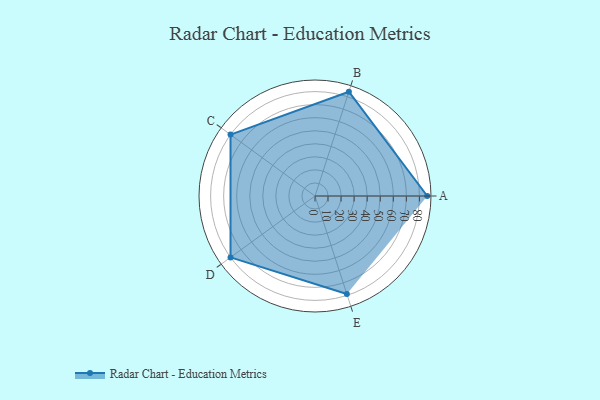
{"axis": {"x": "Skill", "y": "Score"}, "legend": ["Profile"], "data": [{"x": "A", "y": 86.0, "type": "Profile"}, {"x": "B", "y": 84.0, "type": "Profile"}, {"x": "C", "y": 80.0, "type": "Profile"}, {"x": "D", "y": 80.0, "type": "Profile"}, {"x": "E", "y": 79.0, "type": "Profile"}]}